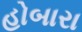
હોબારા